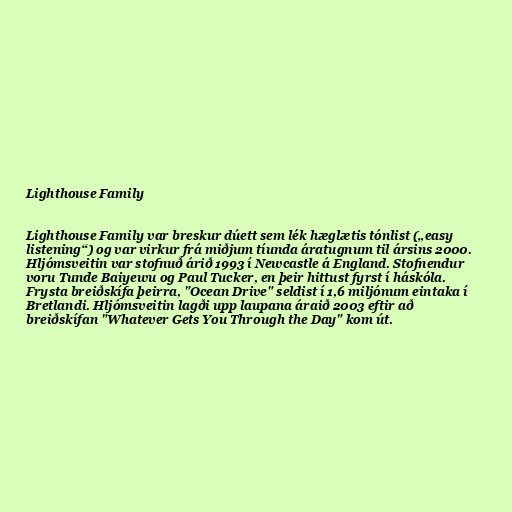
Lighthouse Family

Lighthouse Family var breskur dúett sem lék hæglætis tónlist („easy
listening“) og var virkur frá miðjum tíunda áratugnum til ársins 2000.
Hljómsveitin var stofnuð árið 1993 í Newcastle á England. Stofnendur
voru Tunde Baiyewu og Paul Tucker, en þeir hittust fyrst í háskóla.
Frysta breiðskífa þeirra, "Ocean Drive" seldist í 1,6 miljónum eintaka í
Bretlandi. Hljómsveitin lagði upp laupana áraið 2003 eftir að
breiðskífan "Whatever Gets You Through the Day" kom út.